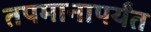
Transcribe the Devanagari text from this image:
तपमानापर्यंत